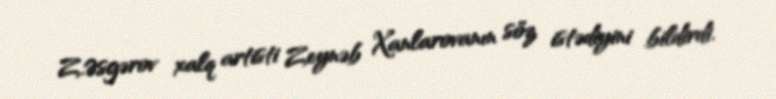
Z.Əsgərov xalq artisti Zeynəb Xanlarovanın söz istədiyini bildirdi.